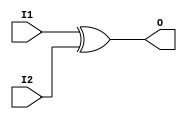
module libhdl_xor2
(   output wire O,
    input  wire I1,
    input  wire I2);

assign O = I1 ^ I2;

endmodule